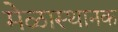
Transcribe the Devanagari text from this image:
मेळास्थानक